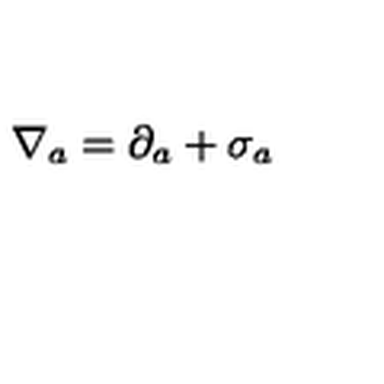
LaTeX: \nabla _ { a } = \partial _ { a } + \sigma _ { a }